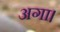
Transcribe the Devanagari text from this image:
अगा।